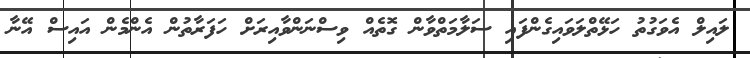
ލައިލް އެވަގުތު ހަޅޭތްލަވައިގެންފައި ސަލާމަތްވާން ގޮތެއް ވިސްނަންވާއިރަށް ހަފަރާތުން އެންމެން އައިސް އޭނާ